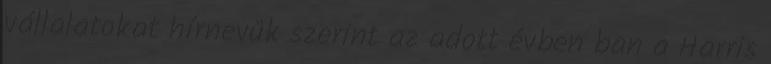
vállalatokat hírnevük szerint az adott évben ban a Harris